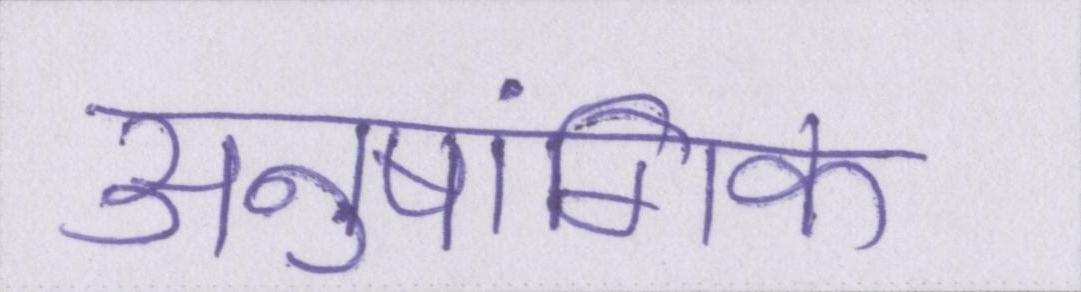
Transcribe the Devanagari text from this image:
अनुषांगिक